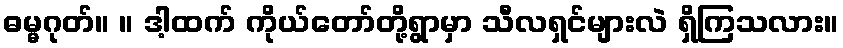
ဓမ္မဂုတ်။ ။ ဒါ့ထက် ကိုယ်တော်တို့ရွာမှာ သီလရှင်များလဲ ရှိကြသလား။